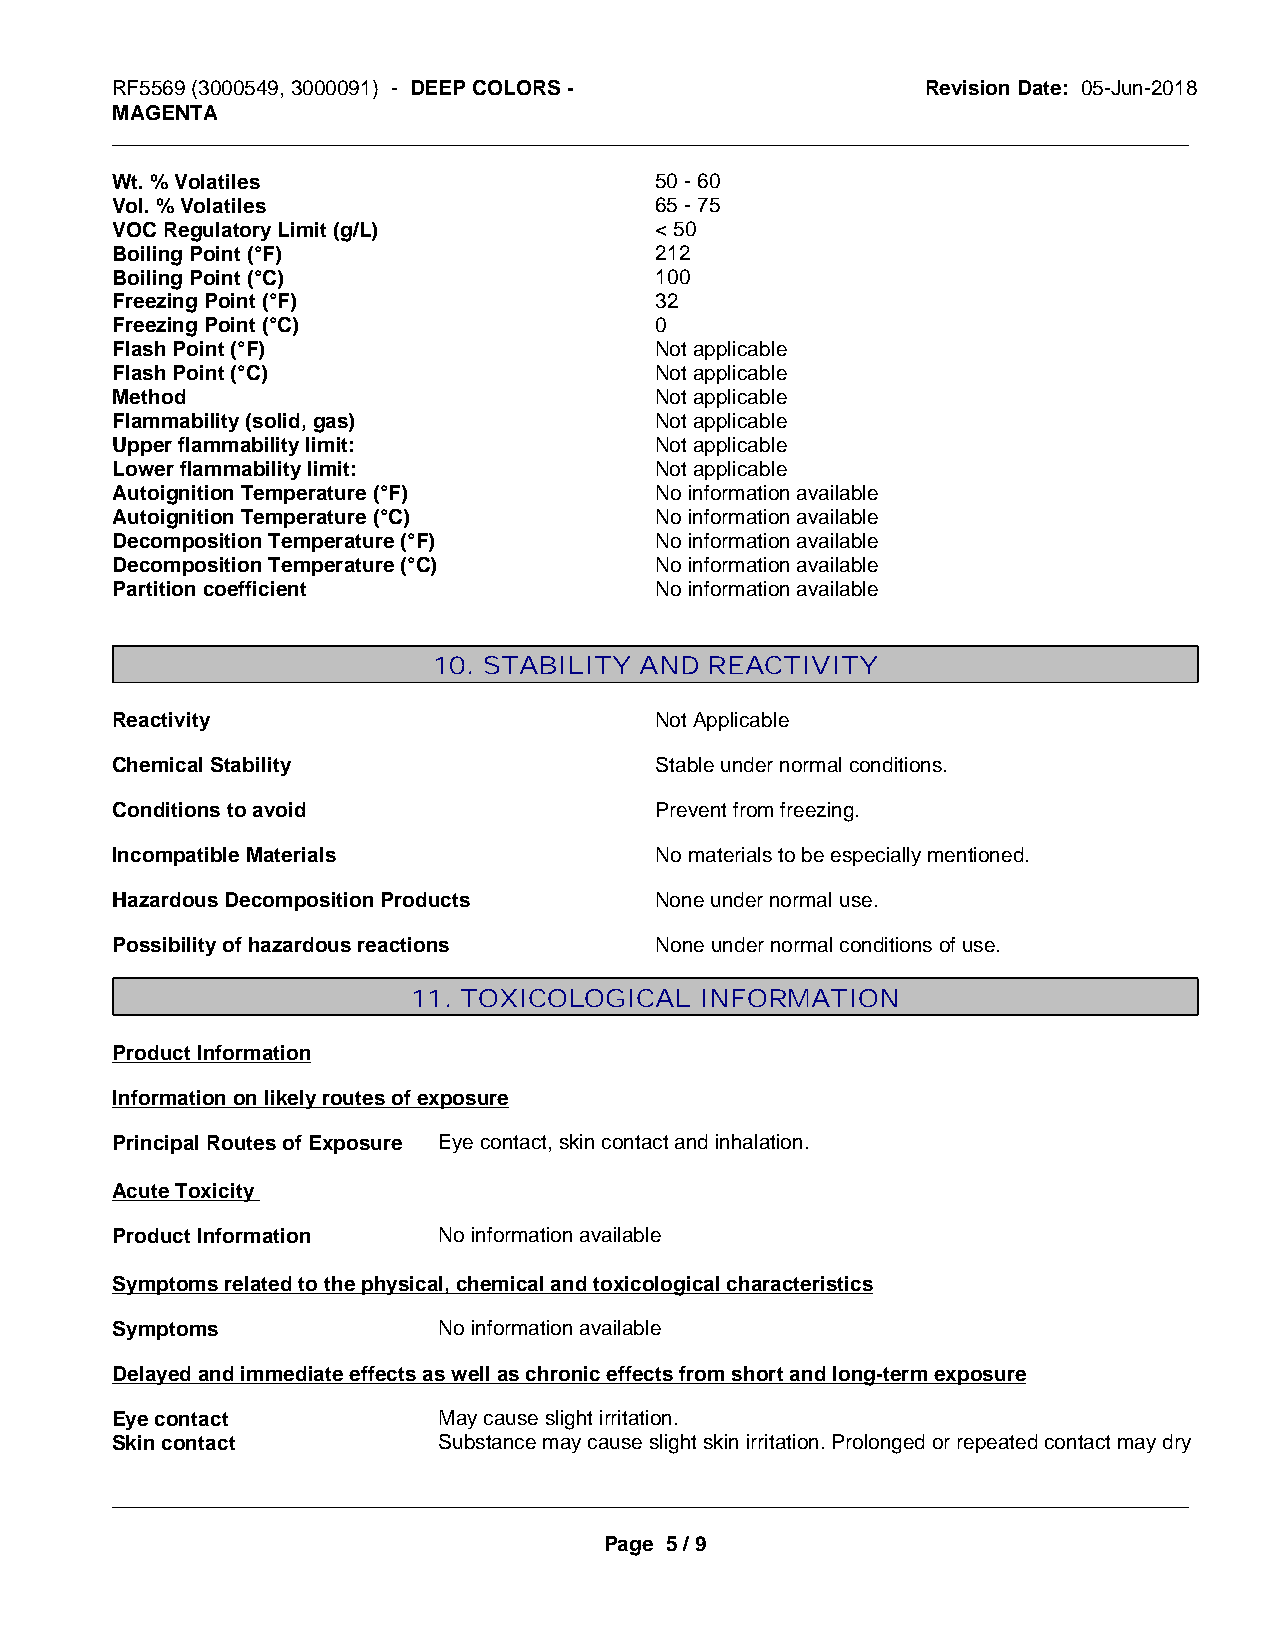
RF5569 (3000549, 3000091) - DEEP COLORS -             Revision Date: 05-Jun-2018
 MAGENTA
 _____________________________________________________________________________________________
 Wt. % Volatiles                     50 - 60
 Vol. % Volatiles                    65 - 75
 VOC Regulatory Limit (g/L)          < 50
 Boiling Point (°F)                  212
 Boiling Point (°C)                  100
 Freezing Point (°F)                 32
 Freezing Point (°C)                 0
 Flash Point (°F)                    Not applicable
 Flash Point (°C)                    Not applicable
 Method                              Not applicable
 Flammability (solid, gas)           Not applicable
 Upper flammability limit:           Not applicable
 Lower flammability limit:           Not applicable
 Autoignition Temperature (°F)       No information available
 Autoignition Temperature (°C)       No information available
 Decomposition Temperature (°F)      No information available
 Decomposition Temperature (°C)      No information available
 Partition coefficient               No information available
 10. STABILITY AND REACTIVITY
 Reactivity                          Not Applicable
 Chemical Stability                  Stable under normal conditions.
 Conditions to avoid                 Prevent from freezing.
 Incompatible Materials              No materials to be especially mentioned.
 Hazardous Decomposition Products    None under normal use.
 Possibility of hazardous reactions  None under normal conditions of use.
 11. TOXICOLOGICAL  INFORMATION
 Product Information
 Information on likely routes of exposure
 Principal Routes of Exposure Eye contact, skin contact and inhalation.
 Acute Toxicity
 Product Information   No information available
 Symptoms related to the physical, chemical and toxicological characteristics
 Symptoms              No information available
 Delayed and immediate effects as well as chronic effects from short and long-term exposure
 Eye contact           May cause slight irritation.
 Skin contact          Substance may cause slight skin irritation. Prolonged or repeated contact may dry
 _____________________________________________________________________________________________
 Page 5 / 9